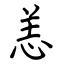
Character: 恙